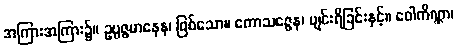
အကြားအကြား၌။ ဥပ္ပဇ္ဇမာနေန၊ ဖြစ်သော။ ကောသဇ္ဇေန၊ ပျင်းရိခြင်းနှင့်။ ဝေါကိဏ္ဏာ၊